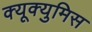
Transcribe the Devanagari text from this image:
क्यूक्युमिस